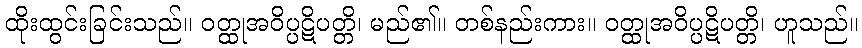
ထိုးထွင်းခြင်းသည်။ ဝတ္ထုအဝိပ္ပဋိပတ္တိ၊ မည်၏။ တစ်နည်းကား။ ဝတ္ထုအဝိပ္ပဋိပတ္တိ၊ ဟူသည်။